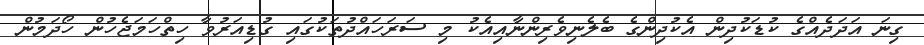
ގިނަ އަދަދެއްގެ ކުޑަކުދިން އެކުދިންގެ ބެލެނިވެރިންނާއިއެކު މި ސަރަހައްދުތަކުގައި ގުޑިއަރުވާ ހިތްހަމަޖެހުން ހޯދަމުން